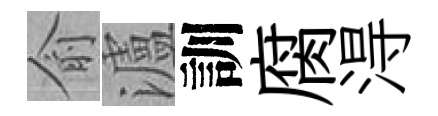
俞瀘訓腐淂